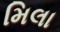
મિલા